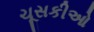
ચૂસકીઓ